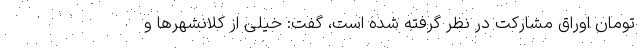
تومان اوراق مشارکت در نظر گرفته شده است، گفت: خیلی از کلانشهرها و